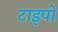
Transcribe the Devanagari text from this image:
टाइपो